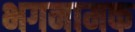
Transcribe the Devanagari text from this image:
भगनामक